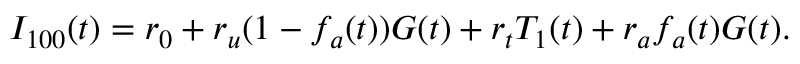
I _ { 1 0 0 } ( t ) = r _ { 0 } + r _ { u } ( 1 - f _ { a } ( t ) ) G ( t ) + r _ { t } T _ { 1 } ( t ) + r _ { a } f _ { a } ( t ) G ( t ) .